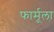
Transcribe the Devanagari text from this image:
फार्मूला़